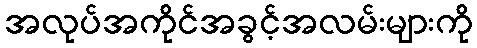
အလုပ်အကိုင်အခွင့်အလမ်းများကို